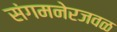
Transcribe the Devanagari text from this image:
संगमनेरजवळ